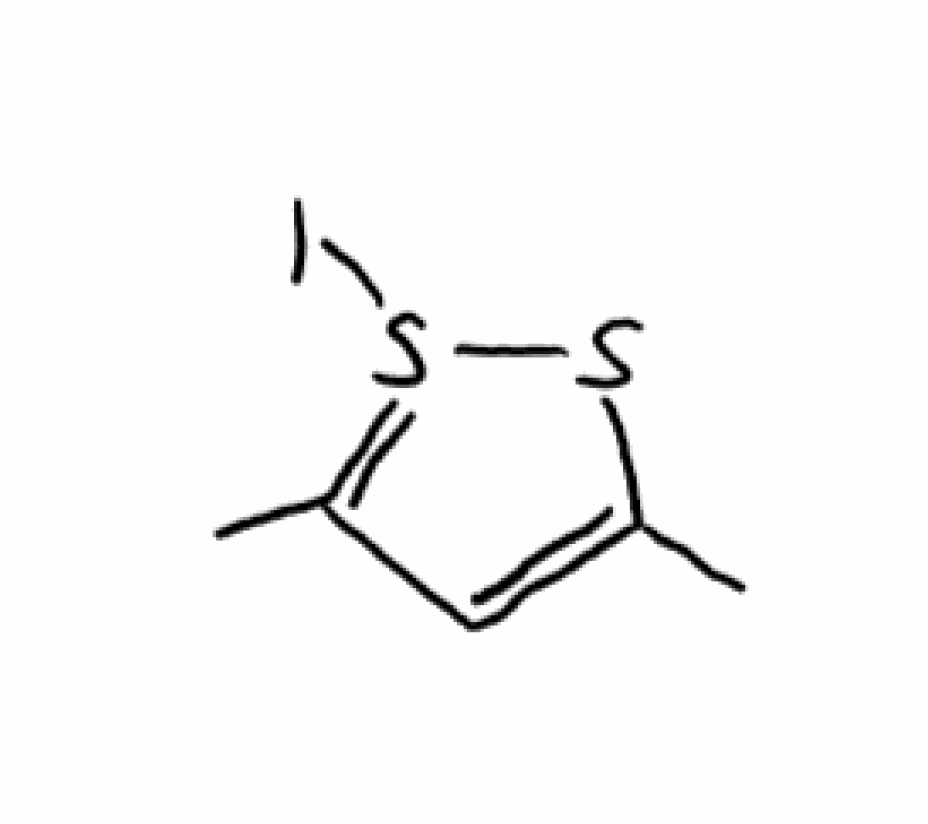
Simplified molecular-input line-entry system (SMILES) notation of the given molecule:
CC1=CC(=S(S1)I)C